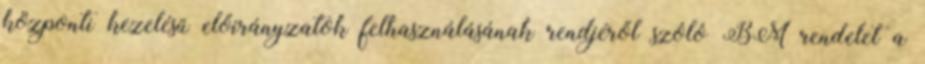
központi kezelésű előirányzatok felhasználásának rendjéről szóló BM rendelet a